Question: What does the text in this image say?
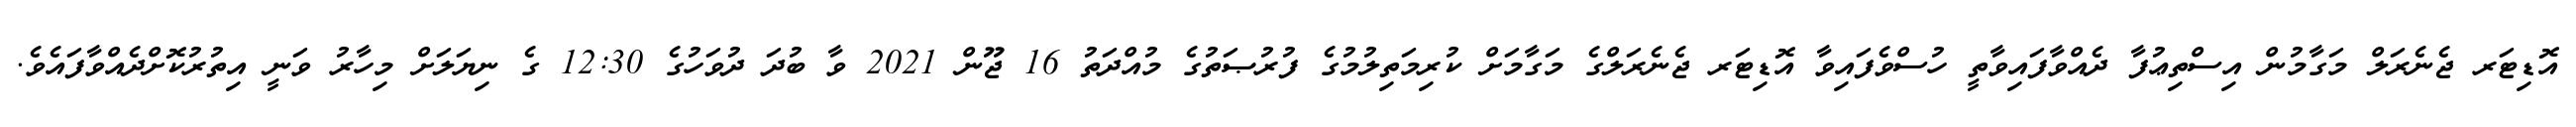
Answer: އޮޑިޓަރ ޖެނެރަލް މަގާމުން އިސްތިޢުފާ ދެއްވާފައިވާތީ ހުސްވެފައިވާ އޮޑިޓަރ ޖެނެރަލްގެ މަގާމަށް ކުރިމަތިލުމުގެ ފުރުޞަތުގެ މުއްދަތު 16 ޖޫން 2021 ވާ ބުދަ ދުވަހުގެ 12:30 ގެ ނިޔަލަށް މިހާރު ވަނީ އިތުރުކޮށްދެއްވާފައެވެ.